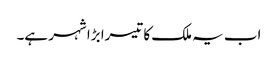
اب یہ ملک کا تیسرا بڑا شہر ہے۔